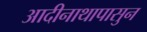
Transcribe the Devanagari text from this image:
आदीनाथापासुन